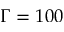
\Gamma = 1 0 0